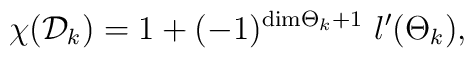
\chi ({\cal D}_{k}) =1 +  (-1)^{{\rm dim}{{\Theta}_{k}} + 1}\ l^{\prime} ({{\Theta}_{k}}),